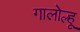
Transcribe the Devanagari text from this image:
गालोल्हू